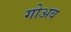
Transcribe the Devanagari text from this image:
गोअव